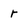
Character: r